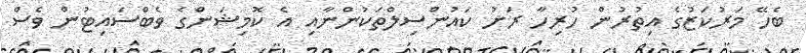
ބެހޭ މަރުކަޒުގެ އިތުރުން ހުރިހާ ރަށު ކައުންސިލްތަކުންނާއި އެ ކޮމިޝަންގެ ވެބްސައިޓުން ވެސް